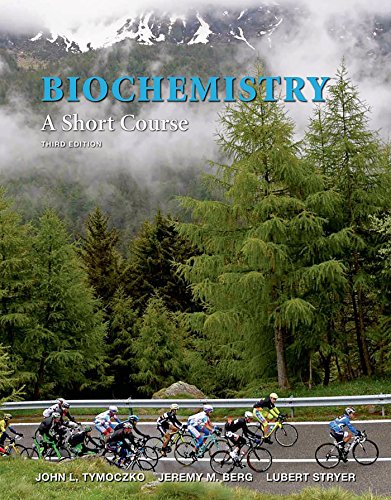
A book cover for Biochemistry: A Short Course; John L. Tymoczko; Engineering & Transportation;